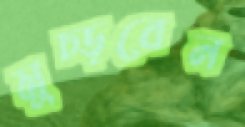
মুচ্‌ড়বেন